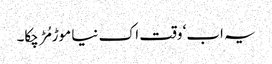
یہ اب‘ وقت اک نیا موڑ مُڑ چکا۔